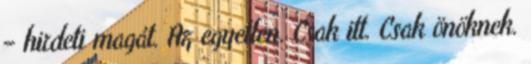
– hirdeti magát. Az egyetlen. Csak itt. Csak önöknek.